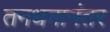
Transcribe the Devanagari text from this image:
तनधनानंतर